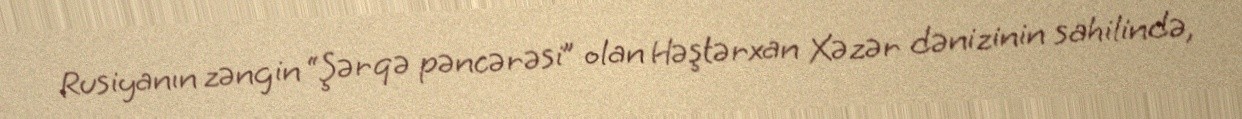
Rusiyanın zəngin “Şərqə pəncərəsi” olan Həştərxan Xəzər dənizinin sahilində,